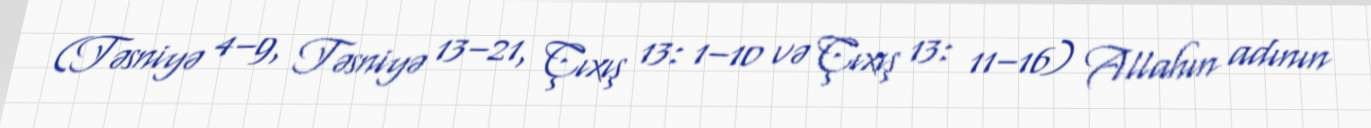
(Təsniyə 4–9, Təsniyə 13–21, Çıxış 13: 1–10 və Çıxış 13: 11–16) Allahın adının